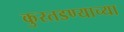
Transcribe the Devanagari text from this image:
कुरतडण्याच्या